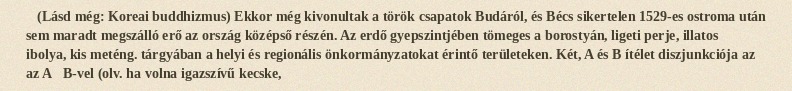
(Lásd még: Koreai buddhizmus) Ekkor még kivonultak a török csapatok Budáról, és Bécs sikertelen 1529-es ostroma után sem maradt megszálló erő az ország középső részén. Az erdő gyepszintjében tömeges a borostyán, ligeti perje, illatos ibolya, kis meténg. tárgyában a helyi és regionális önkormányzatokat érintő területeken. Két, A és B ítélet diszjunkciója az az A∨B-vel (olv. ha volna igazszívű kecske,